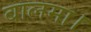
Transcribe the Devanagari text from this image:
बालमा।